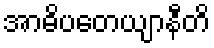
အာဓိပတေယျာနီတိ